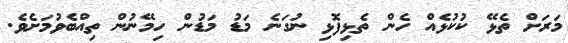
މަރަށް ތެޅޭ ކުކުޅެއް ހެން ތެޅިފޮޅި ނުގަނެ މަޑު މަޑުން ހިމޭނުން ތިއްބެވުމަށެވެ.